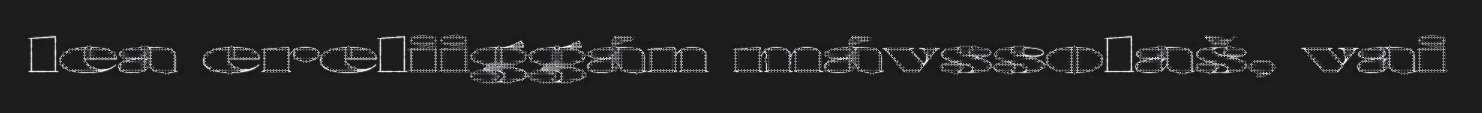
lea ereliiggán mávssolaš, vai